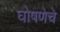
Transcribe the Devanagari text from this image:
घोषणेचे